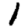
Digit: 1